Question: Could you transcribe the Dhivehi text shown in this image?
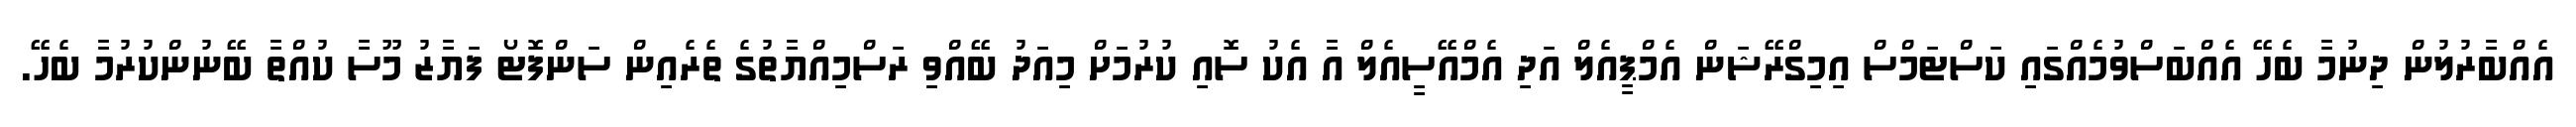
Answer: އެއްބާރުލުން ދިނުމާ ބެހޭ އެއްބަސްވުމެއްގައި ކަސްޓަމްސް އިމިގްރޭޝަން އެމްޕީއެލް އަދި އެމްއޭސީއެލް އާ އެކު ސޮއި ކުރުމަށް މިއަދު ބޭއްވި ރަސްމިއްޔާތުގެ ތެރެއިން ސަންފޮޓޯ ފަޔާޒު މޫސާ ކުއްތާ ބޭނުންކުރުމާ ބެހޭ.